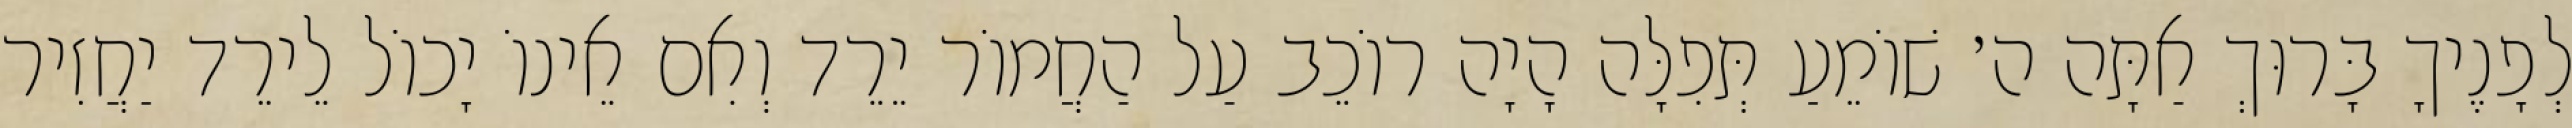
לְפָנֶיךָ בָּרוּךְ אַתָּה ה׳ שׁוֹמֵעַ תְּפִלָּה הָיָה רוֹכֵב עַל הַחֲמוֹר יֵרֵד וְאִם אֵינוֹ יָכוֹל לֵירֵד יַחֲזִיר